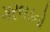
ગરબડનો